Report of the Indian Hemp Drugs Commission, 1894-1895 - Volume VIII
Year: 1894
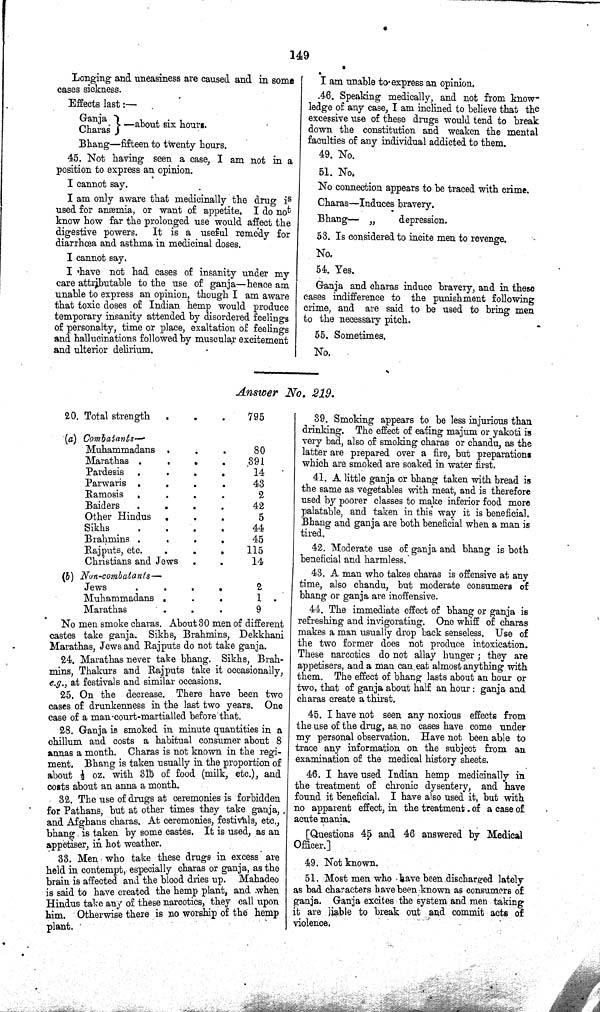
149
Longing and uneasiness are caused and in some
cases sickness.
Effects last:—
Bhang—fifteen to twenty hours.
45. Not having seen a case, I am not in a
position to express an opinion.
I cannot say.
I am only aware that medicinally the drug is
used for anæmia, or want of appetite. I do not
know how far the prolonged use would affect the
digestive powers. It is a useful remedy for
diarrhœa and asthma in medicinal doses.
I cannot say.
I have not had cases of insanity under my
care attributable to the use of ganja—hence am
unable to express an opinion, though I am aware
that toxic doses of Indian hemp would produce
temporary insanity attended by disordered feelings
of personalty, time or place, exaltation of feelings
and hallucinations followed by muscular excitement
and ulterior delirium.
Ganja
Charas
—about six hours.
I am unable to express an opinion.
46. Speaking medically, and not from know¬
ledge of any case, I am inclined to believe that the
excessive use of these drugs would tend to break
down the constitution and weaken the mental
faculties of any individual addicted to them.
49. No.
51. No.
No connection appears to be traced with crime.
Charas—Induces bravery.
Bhang—
"
depression.
53. Is considered to incite men to revenge.
No.
54. Yes.
Ganja and charas induce bravery, and in these
cases indifference to the punishment following
crime, and are said to be used to bring men
to the necessary pitch.
55. Sometimes.
No.
Answer No. 219.
20. Total strength
795
(a) Combtants—
Muhammadans
80
Marathas
391
Pardesis
14
Parwaris
43
Ramosis
2
Baider
42
Other Hindus
5
Sikhs
44
Brahmins
45
Rajputs, etc.
115
Christians and Jews
14
(b) Non-combatants—
Jews
2
Muhammadans
1
Marathas
9
No men smoke charas. About 30 men of different
castes take ganja. Sikhs, Brahmins, Dekkhani
Marathas, Jews and Rajputs do not take ganja.
24. Marathas never take bhang. Sikhs, Brah¬
mins, Thakurs and Rajputs take it occasionally,
e.g., at festivals and similar occasions.
25. On the decrease. There have been two
cases of drunkenness in the last two years. One
case of a man court-martialled before that.
28. Ganja is smoked in minute quantities in a
chillum and costs a habitual consumer about 8
annas a month. Charas is not known in the regi¬
ment. Bhang is taken usually in the proportion of
about 1/2 oz. with 3lb of food (milk, etc.), and
costs about an anna a month.
32. The use of drugs at ceremonies is forbidden
for Pathans, but at other times they take ganja,
and Afghans charas. At ceremonies, festivals, etc.,
bhang is taken by some castes. It is used, as an
appetiser, in hot weather.
33. Men who take these drugs in excess are
held in contempt, especially charas or ganja, as the
brain is affected and the blood dries up. Mahadeo
is said to have created the hemp plant, and when
Hindus take any of these narcotics, they call upon
him. Otherwise there is no worship of the hemp
plant.
39. Smoking appears to be less injurious than
drinking. The effect of eating majum or yakoti is
very bad, also of smoking charas or chandu, as the
latter are prepared over a fire, but preparations
which are smoked are soaked in water first.
41. A little ganja or bhang taken with bread is
the same as vegetables with meat, and is therefore
used by poorer classes to make inferior food more
palatable, and taken in this way it is beneficial.
Bhang and ganja are both beneficial when a man is
tired.
42. Moderate use of ganja and bhang is both
beneficial and harmless.
43. A man who takes charas is offensive at any
time, also chandu, but moderate consumers of
bhang or ganja are inoffensive.
44. The immediate effect of bhang or ganja is
refreshing and invigorating. One whiff of charas
makes a man usually drop back senseless. Use of
the two former does not produce intoxication.
These narcotics do not allay hunger; they are
appetisers, and a man can eat almost anything with
them. The effect of bhang lasts about an hour or
two, that of ganja about half an hour: ganja and
charas create a thirst.
45. I have not seen any noxious effects from
the use of the drug, as no cases have come under
my personal observation. Have not been able to
trace any information on the subject from an
examination of the medical history sheets.
46. I have used Indian hemp medicinally in
the treatment of chronic dysentery, and have
found it beneficial. I have also used it, but with
no apparent effect, in the treatment of a case of
acute mania.
[Questions 45 and 46 answered by Medical
Officer.]
49. Not known.
51. Most men who have been discharged lately
as bad characters have been-known as consumers of
ganja. Ganja excites the system and men taking
it are liable to break out and commit acts of
violence.